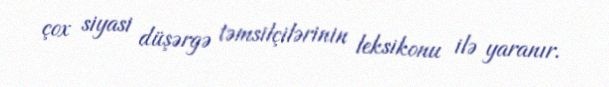
çox siyasi düşərgə təmsilçilərinin leksikonu ilə yaranır.